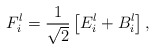
\begin{align*}F_i^l=\frac{1}{\sqrt{2}}\left [ E_i^l + B_i^l\right ],\end{align*}